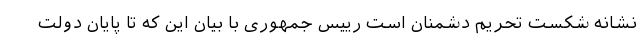
نشانه شکست تحریم دشمنان است رییس جمهوری با بیان این که تا پایان دولت